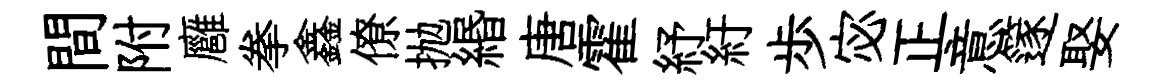
間附廱拳鑫僚抛緡唐霍紓紆歩宓正意篴娶